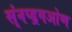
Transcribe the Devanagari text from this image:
स्ंनप्ड्रगओण